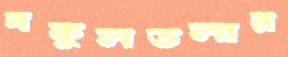
বকুলতলার